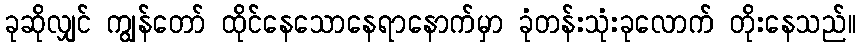
ခုဆိုလျှင် ကျွန်တော် ထိုင်နေသောနေရာနောက်မှာ ခုံတန်းသုံးခုလောက် တိုးနေသည်။